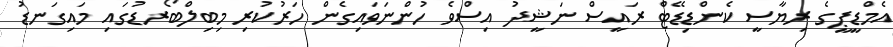
އެމްޑީޕީގެ ރިޔާސީ ކެންޑިޑޭޓް ރައީސް ނަޝީދު އިސްވެ ހުންނަވައިގެން ހަރުކުރި މިބިލްބޯރޑުގައި މައިގަނޑު